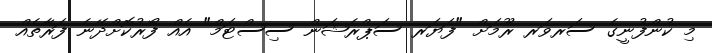
މި ކުންފުނީގެ ސަރވަރ ރޫމަށް "ފަޔަރ ސަޕްރެޝަން ސިސްޓަމް" އެއް ފޯރުކޮށްދޭނެ ފަރާތެއް